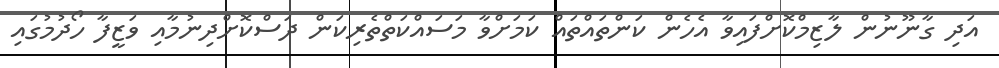
އަދި ގާނޫނުން ލާޒިމްކޮށްފައިވާ އެހެން ކަންތައްތައް ކަމަށްވާ މަސައްކަތްތެރިކަން ދަސްކޮށްދިނުމާއި ވަޒީފާ ހޯދުމުގައި